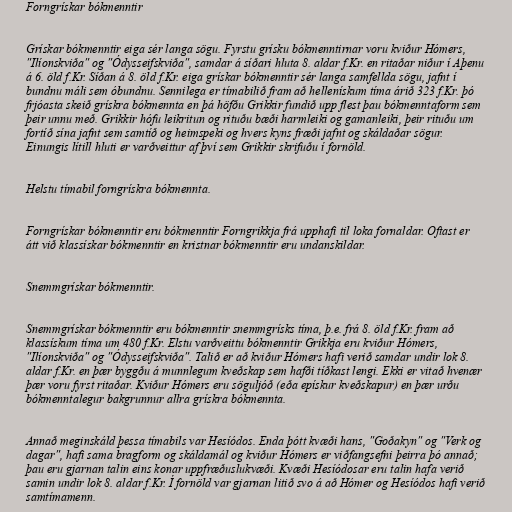
Forngrískar bókmenntir

Grískar bókmenntir eiga sér langa sögu. Fyrstu grísku bókmenntirnar voru kviður Hómers,
"Ilíonskviða" og "Ódysseifskviða", samdar á síðari hluta 8. aldar f.Kr. en ritaðar niður í Aþenu
á 6. öld f.Kr. Síðan á 8. öld f.Kr. eiga grískar bókmenntir sér langa samfellda sögu, jafnt í
bundnu máli sem óbundnu. Sennilega er tímabilið fram að hellenískum tíma árið 323 f.Kr. þó
frjóasta skeið grískra bókmennta en þá höfðu Grikkir fundið upp flest þau bókmenntaform sem
þeir unnu með. Grikkir hófu leikritun og rituðu bæði harmleiki og gamanleiki, þeir rituðu um
fortíð sína jafnt sem samtíð og heimspeki og hvers kyns fræði jafnt og skáldaðar sögur.
Einungis lítill hluti er varðveittur af því sem Grikkir skrifuðu í fornöld.

Helstu tímabil forngrískra bókmennta.

Forngrískar bókmenntir eru bókmenntir Forngrikkja frá upphafi til loka fornaldar. Oftast er
átt við klassískar bókmenntir en kristnar bókmenntir eru undanskildar.

Snemmgrískar bókmenntir.

Snemmgrískar bókmenntir eru bókmenntir snemmgrísks tíma, þ.e. frá 8. öld f.Kr. fram að
klassískum tíma um 480 f.Kr. Elstu varðveittu bókmenntir Grikkja eru kviður Hómers,
"Ilíonskviða" og "Ódysseifskviða". Talið er að kviður Hómers hafi verið samdar undir lok 8.
aldar f.Kr. en þær byggðu á munnlegum kveðskap sem hafði tíðkast lengi. Ekki er vitað hvenær
þær voru fyrst ritaðar. Kviður Hómers eru söguljóð (eða epískur kveðskapur) en þær urðu
bókmenntalegur bakgrunnur allra grískra bókmennta.

Annað meginskáld þessa tímabils var Hesíódos. Enda þótt kvæði hans, "Goðakyn" og "Verk og
dagar", hafi sama bragform og skáldamál og kviður Hómers er viðfangsefni þeirra þó annað;
þau eru gjarnan talin eins konar uppfræðuslukvæði. Kvæði Hesíódosar eru talin hafa verið
samin undir lok 8. aldar f.Kr. Í fornöld var gjarnan litið svo á að Hómer og Hesíódos hafi verið
samtímamenn.